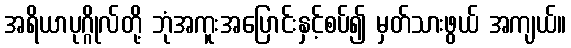
အရိယာပုဂ္ဂိုလ်တို့ ဘုံအကူးအပြောင်းနှင့်စပ်၍ မှတ်သားဖွယ် အကျယ်။